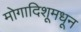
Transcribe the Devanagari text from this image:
मोगादिशूमधून